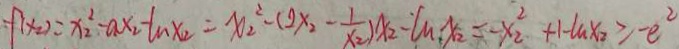
f ( x _ { 2 } ) = x _ { 2 } ^ { 2 } - a x _ { 2 } - \ln x _ { 2 } = x _ { 2 } ^ { 2 } - ( 2 x _ { 2 } - \frac { 1 } { x ^ { 2 } } ) x _ { 2 } - \ln x _ { 2 } = - x ^ { 2 } + 1 - \ln x _ { 2 } \geq - e ^ { 2 }